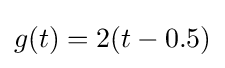
g(t)=2(t-0.5)